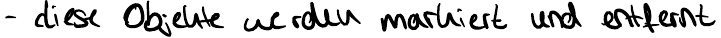
- diese Objekte werden markiert und entfernt